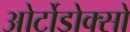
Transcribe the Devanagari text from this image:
ओर्टोडोक्सो